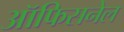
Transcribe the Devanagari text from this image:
ऑफिसनेल